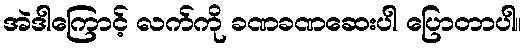
အဲဒါကြောင့် လက်ကို ခဏခဏဆေးပါ ပြောတာပါ။